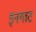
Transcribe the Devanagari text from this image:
इनगाट